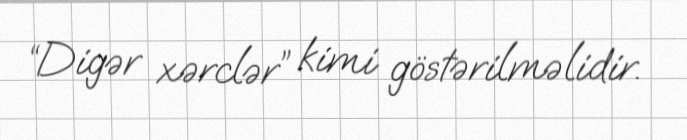
“Digər xərclər” kimi göstərilməlidir.